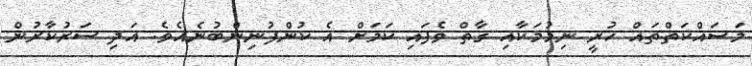
މަސައްކަތްތައް ހުރީ ނިމުމަކާއި ގާތް ވެފައި ކަމަށް އެ ކުންފުނިިންބުނެއެވެ. އަދި ސަރުކާރުން